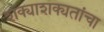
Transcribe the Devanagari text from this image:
शक्याशक्यतांचा